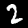
Label: 2